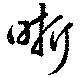
晢